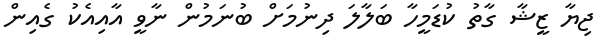
ޖިޔާ ޒީޝާ ގާތު ކުޑަމީހާ ބަލާލަ ދިނުމަށް ބުނަމުން ނާވީ އާއިއެކު ގެއިން